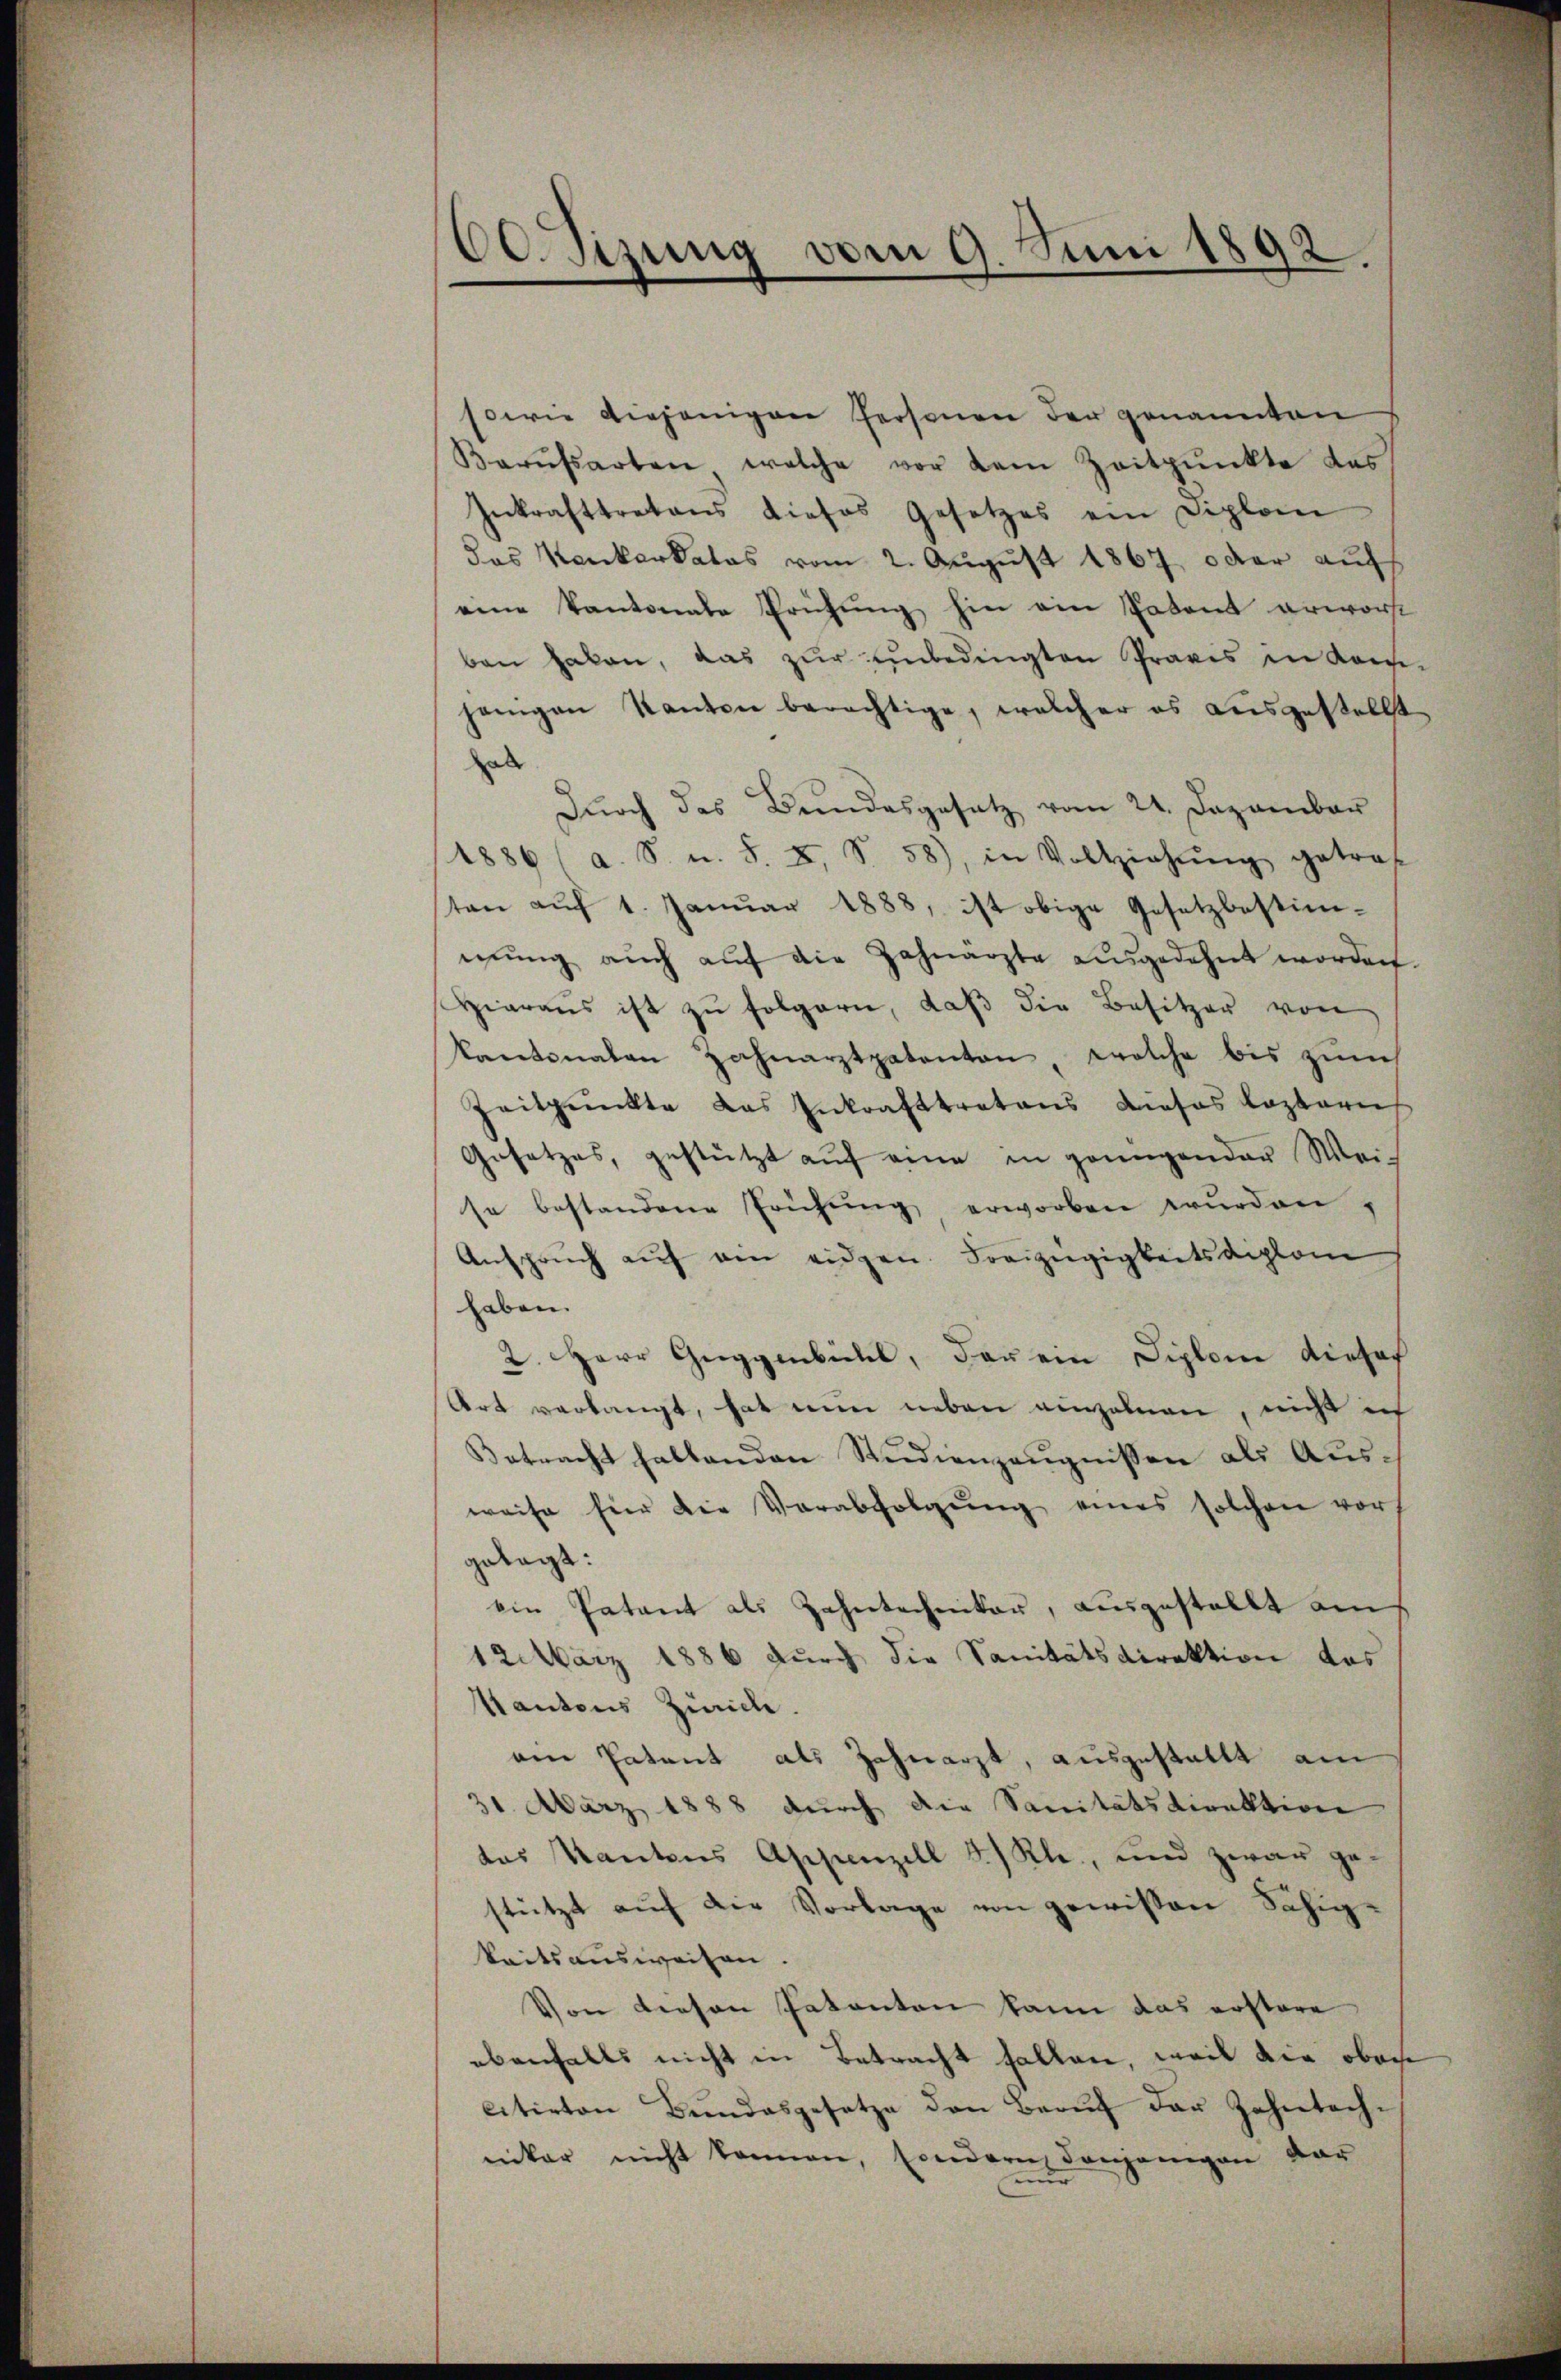
60. Sizung vom 9. Juni 1892.

sowie diejenigen Personen der genannten
Karŭfsarten welche vor dem Zeitpunkte das
Inkrafttretens dieses Gesetzes ein Diplom
das Kenkarkatas vom 2. August 1867, oder auf
eine Kantonale Prüfung hin ein Patent erworfe
ben haben, das zur unbedingten Praxis in kam
jenigen Kanton berechtige, welcher es ausgestellt
hal
Dŭrch das Bundesgesetz vom 21. Dezember
1886 (a. S. u. S. X, S. 58), in Vollziehŭng getrof
ten aŭf 1. Januar 1888, ist obige Gesetzbestimmung auch auf die Zahnarzte ausgedehnt worden.
Hieraŭs ist zŭ folgern, daβ die Besitzer von
kantonalen Zahnarztpakanton welche bis zŭm
Zeitpunkte das Inkrafttretens dieses Lazari
Gesetzes, gestützt aŭf eine in genügender Weise bestandene Prüfŭng erworben wŭrden,
Ansprŭch aŭf ein eidgen. Freizügigkeitsdiplom
haben.
2. Herr Guggenbichl, Bau ein Siplom Viehof
Ort verlangt, hat nun neben einzelnen, nicht ich
Betracht haltenden Studienzeŭgnissen als Ausweise für die Verabfolgŭng eines solchen vors
gelegt:
ein Patant als Zahntechniker, ausgestellt an
12. März 1886 durch die Sanitätsdirektion des
Kantons Zürich.
ein Patent als Zahnarzt, ausgestallt am
31. März 1888 durch die Sanitätsdirektion
das Kantons Appenzell I/Rh., und zwar ge-
stützt auf die Vorlage von gewissen Fähigkeitsausweisen.
Von diesen Patenten kann das erstere
ebenfalls nicht in Betracht fallen, weil die oben
citirten Bŭndesgesetze den Beaŭf der Zahntachniker nicht können, sondern denjenigen dar